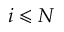
i \leqslant N